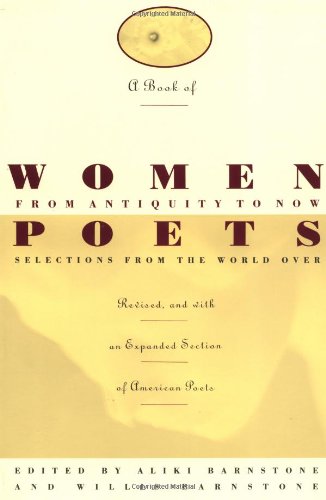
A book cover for A Book of Women Poets from Antiquity to Now; Politics & Social Sciences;